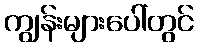
ကျွန်းများပေါ်တွင်